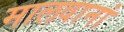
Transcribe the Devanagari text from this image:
मालवानां